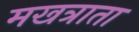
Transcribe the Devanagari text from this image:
मखत्राता